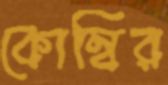
কোম্বির